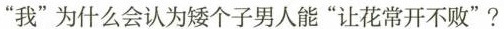
”我”为什么会认为个子人能”让花常开不败”?